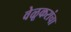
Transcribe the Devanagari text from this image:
वेळूकरांचा